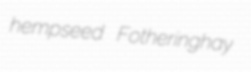
hempseed Fotheringhay